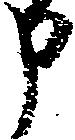
申